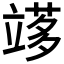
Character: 𥪫